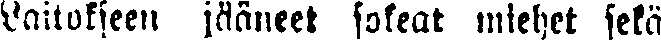
Laitokseen jääneet sokeat miehet sekä